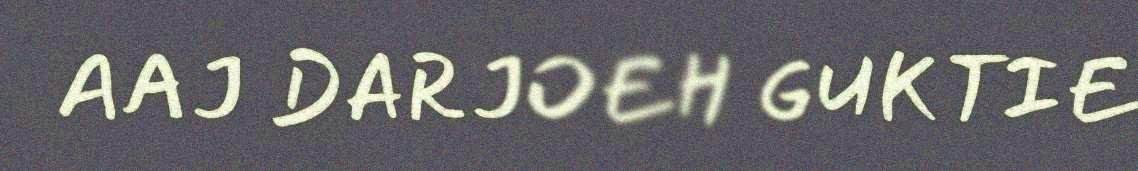
AAJ DARJOEH GUKTIE